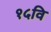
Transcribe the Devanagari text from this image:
१५वि